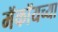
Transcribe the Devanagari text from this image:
मॅकॉयच्या